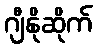
ဂျီနိုဆိုက်